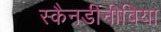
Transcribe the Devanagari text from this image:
स्कैनडीनीविया